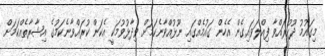
މިގައުމު ދޫކުރައްވާ ފިއްލަވައިގެން އެހެން ގައުމެއްގައި ނޫޅުއްވާނެކަމަށް ވިދާޅުވުމަކީ އެކަން ކުރައްވާނެކަމުގެ އިޝާރާތެއްކަމަށް